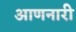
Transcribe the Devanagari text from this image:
आणनारी